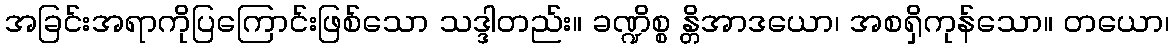
အခြင်းအရာကိုပြကြောင်းဖြစ်သော သဒ္ဒါတည်း။ ခဏ္ဍိစ္စ န္တိအာဒယော၊ အစရှိကုန်သော။ တယော၊